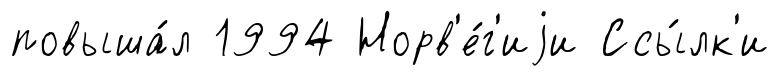
повыша́л 1994 Норв'е́г'иjи Ссы́лк'и